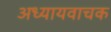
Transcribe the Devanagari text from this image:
अध्यायवाचक